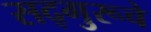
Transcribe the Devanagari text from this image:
सद्गुरूचे